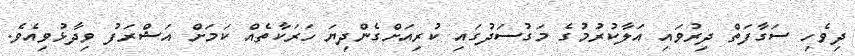
ދިވެހި ސަގާފަތް ދިރުވައި އަލާކުރުމުގެ މަގުސަދުގައި ކުރިއަށްގެންދިޔަ ހަރަކާތެއް ކަމަށް އަޝްރަފު ވިދާޅުވިއެވެ.